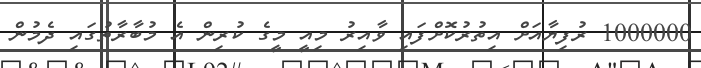
1000000 ރުފިޔާއަށް އިތުރުކޮށްފައި ވާއިރު މިއީ މީގެ ކުރިން އެ މުބާރާތުގައި ދެމުން